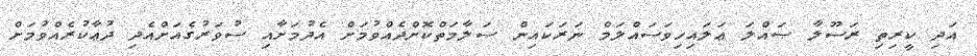
އަދި ކީރިތި ރަސޫލާ ޞައްލަ ޢަލައިހިވަސައްލަމް ނަރަކައިން ސަލާމަތްކޮށްދެއްވުމަށް އެދުމަށާއި ސުވަރުގެއަށްއެދި ދުޢާކުރެއްވުމަށް